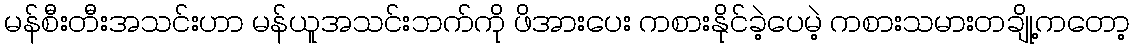
မန်စီးတီးအသင်းဟာ မန်ယူအသင်းဘက်ကို ဖိအားပေး ကစားနိုင်ခဲ့ပေမဲ့ ကစားသမားတချို့ကတော့